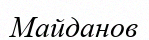
Майданов